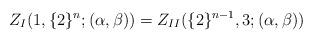
LaTeX: \begin{align*}\begin{aligned}Z_{I}(1,\{2\}^{n};(\alpha,\beta))=Z_{II}(\{2\}^{n-1},3;(\alpha,\beta))\end{aligned}\end{align*}